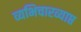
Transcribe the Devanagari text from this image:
व्यभिचारव्याप्त